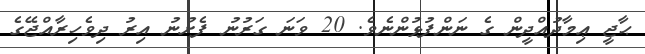
ޙާޖީ ޢިމާދުއްދީން ގެ ނަންފުޅުންނެވެ. 20 ވަނަ ގަރުނު ފެށުނު އިރު ދިވެހިރާއްޖޭގެ